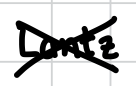
Text: Lantz
Cross-out: cross
Writing tool: digital_black